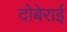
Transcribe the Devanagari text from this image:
दोबेराई